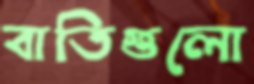
বাতিগুলো